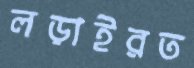
লড়াইরত